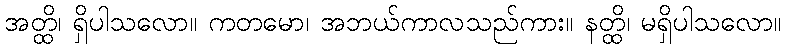
အတ္ထိ၊ ရှိပါသလော။ ကတမော၊ အဘယ်ကာလသည်ကား။ နတ္ထိ၊ မရှိပါသလော။